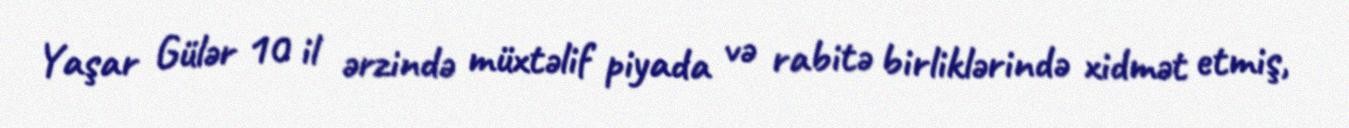
Yaşar Gülər 10 il ərzində müxtəlif piyada və rabitə birliklərində xidmət etmiş,